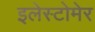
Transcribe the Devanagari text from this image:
इलेस्टोमेर